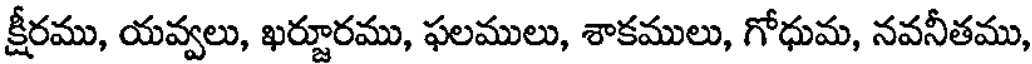
క్షీరము, యవ్వలు, ఖర్జూరము, ఫలములు, శాకములు, గోధుమ, నవనీతము,